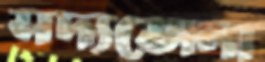
সদ্যতোলা